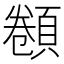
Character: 𩓫